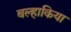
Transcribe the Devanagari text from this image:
बल्हाकिया